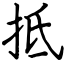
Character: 抵